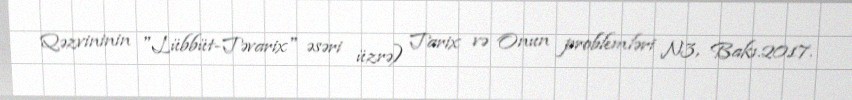
Qəzvininin "Lübbüt-Təvarix" əsəri üzrə) Tarix və Onun problemləri N3, Bakı.2017.